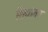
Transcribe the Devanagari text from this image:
शिंद्यांवर